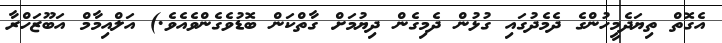
އެގޮތް ތިޔަދެމީހުންގެ ދެމެދުގައި ގުޅުން ދެމިގެން ދިޔުމަށް ގާތްކަން ބޮޑުވެގެންވެއެވެ.) އަލްއިމާމް އަބޫޒަހްރާ